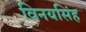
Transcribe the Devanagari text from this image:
विनयसिंह